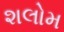
શલોમ